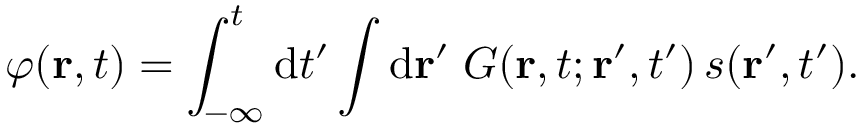
\varphi ( \mathbf { r } , t ) = \int _ { - \infty } ^ { t } \mathrm { d } t ^ { \prime } \int \mathrm { d } \mathbf { r } ^ { \prime } \; G ( \mathbf { r } , t ; \mathbf { r } ^ { \prime } , t ^ { \prime } ) \, s ( \mathbf { r } ^ { \prime } , t ^ { \prime } ) .